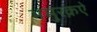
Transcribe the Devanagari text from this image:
भमुरक़ऐ